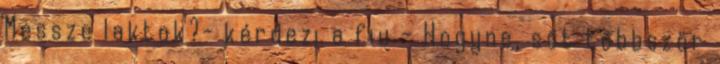
Messze laktok?- kérdezi a fiu - Hogyne, sőt többször